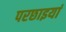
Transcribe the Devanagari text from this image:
परछाइयां